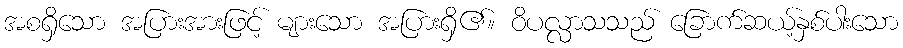
အစရှိသော အပြားအားဖြင့် များသော အပြားရှိ၏။ ဝိပလ္လာသသည် ခြောက်ဆယ့်နှစ်ပါးသော